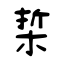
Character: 梊